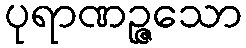
ပုရာဏဉ္ဇသော